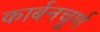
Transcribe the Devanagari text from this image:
कार्बनचूर्ण